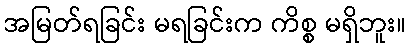
အမြတ်ရခြင်း မရခြင်းက ကိစ္စ မရှိဘူး။